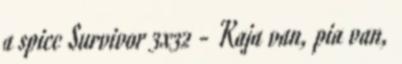
a spicc Survivor 3x32 - Kaja van, pia van,